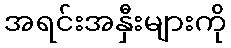
အရင်းအနှီးများကို